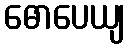
ဓောပေယျ